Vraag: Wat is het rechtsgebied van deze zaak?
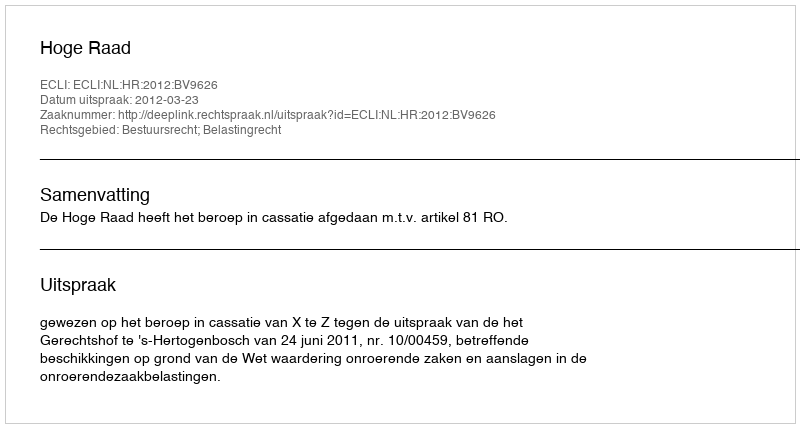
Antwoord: Bestuursrecht; Belastingrecht